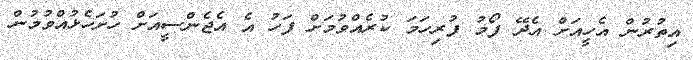
އިތުރުން އެހީއަށް އެދޭ ފޯމު ފުރިހަމަ ކުރެއްވުމަށް ފަހު އެ އެޖެންސީއަށް ހުށަހެޅުއްވުމުން